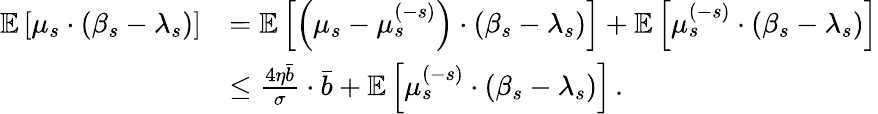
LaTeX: \begin{array}{rl}{\mathbb{E}\left[\mu_{s}\cdot(\beta_{s}-\lambda_{s})\right]}&{=\mathbb{E}\left[\left(\mu_{s}-\mu_{s}^{(-s)}\right)\cdot(\beta_{s}-\lambda_{s})\right]+\mathbb{E}\left[\mu_{s}^{(-s)}\cdot(\beta_{s}-\lambda_{s})\right]}\\ &{\leq\frac{4\eta\bar{b}}{\sigma}\cdot\bar{b}+\mathbb{E}\left[\mu_{s}^{(-s)}\cdot(\beta_{s}-\lambda_{s})\right]\, .}\end{array}